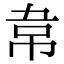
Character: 𮧯